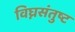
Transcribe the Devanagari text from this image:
विघ्नसंतुष्ट